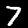
Label: 7